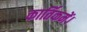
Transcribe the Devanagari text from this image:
कार्तिकमें।